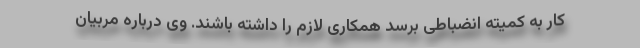
کار به کمیته انضباطی برسد همکاری لازم را داشته باشند. وی درباره مربیان